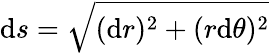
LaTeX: \mathrm{d}s=\sqrt{(\mathrm{d}r)^{2}+(r\mathrm{d}\theta)^{2}}